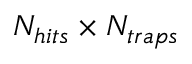
N _ { h i t s } \times N _ { t r a p s }